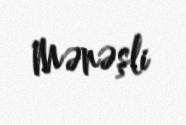
Mənəşli